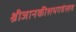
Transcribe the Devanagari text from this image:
श्रीजानकीशभगवंस्तव